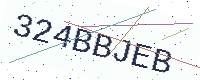
Text: 324BBJEB